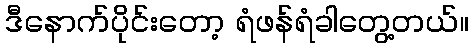
ဒီနောက်ပိုင်းတော့ ရံဖန်ရံခါတွေ့တယ်။